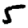
Digit: 5